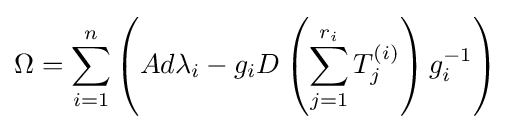
\Omega =\sum _{i=1}^{n}\left(Ad\lambda _{i}-g_{i}D\left(\sum _{j=1}^{r_{i}}T_{j}^{(i)}\right)g_{i}^{-1}\right)